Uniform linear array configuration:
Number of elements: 48
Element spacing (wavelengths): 0.5
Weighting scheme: kaiser
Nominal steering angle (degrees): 45
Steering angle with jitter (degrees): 44.055
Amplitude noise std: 0.05
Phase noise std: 0.05

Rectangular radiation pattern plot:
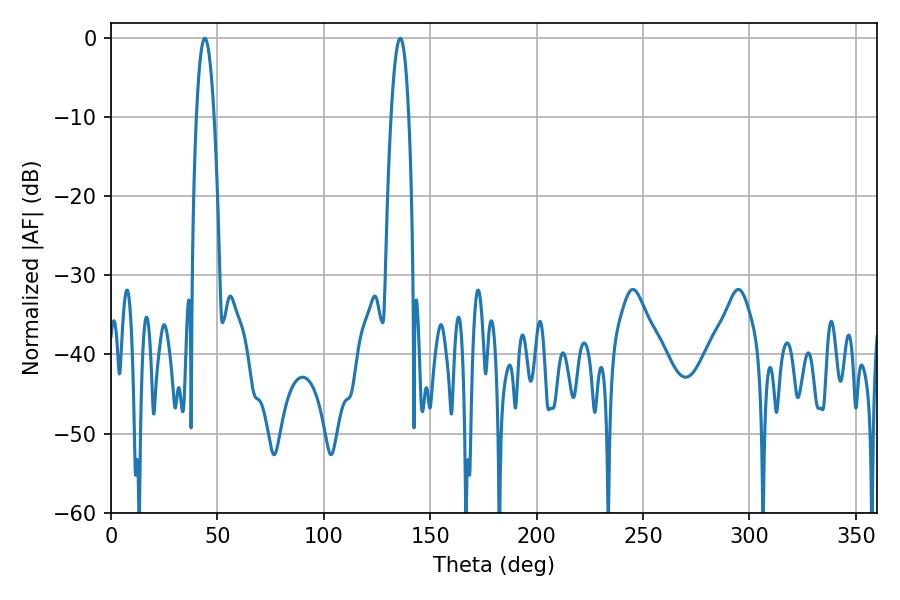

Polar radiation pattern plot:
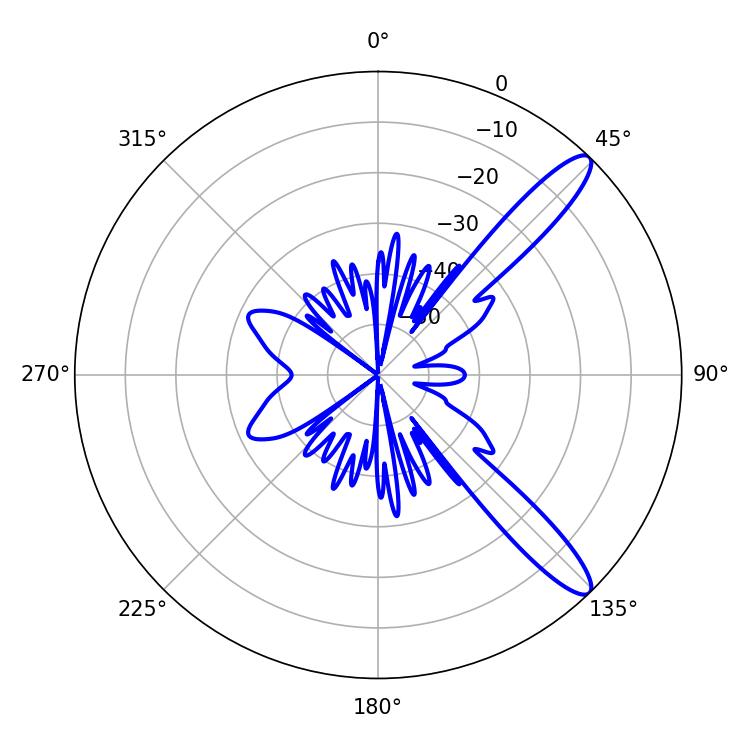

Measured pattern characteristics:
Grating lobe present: FALSE
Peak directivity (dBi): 12.199
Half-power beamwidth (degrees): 4.5
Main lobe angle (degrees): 135.9